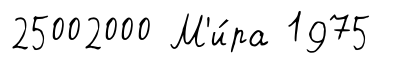
25002000 М'и́ра 1975